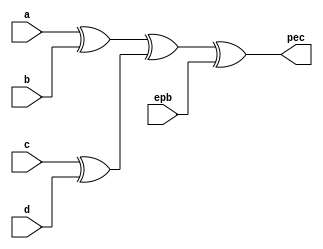
`timescale 1ns / 1ps

module epbc(
    input a,
    input b,
    input c,
    input d,
    input epb,
    output pec
    );

assign pec = ((a^b)^(c^d)^epb);

endmodule